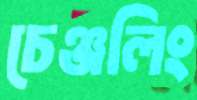
চেঞ্জলিং